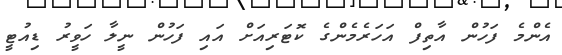
އެންމެ ފަހުން އާތިފް އަހަރެމެންގެ ކޮޓަރިއަށް އައި ފަހުން ނީލާ ހަވީރު ޑިއުޓީ